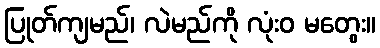
ပြုတ်ကျမည်၊ လဲမည်ကို လုံးဝ မတွေး။